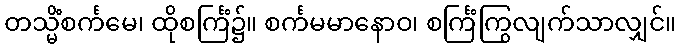
တသ္မိံစင်္ကမေ၊ ထိုစင်္ကြံ၌။ စင်္ကမမာနောဝ၊ စင်္ကြံကြွလျက်သာလျှင်။